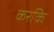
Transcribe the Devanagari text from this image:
करकि